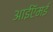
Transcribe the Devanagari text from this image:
आईऍमई